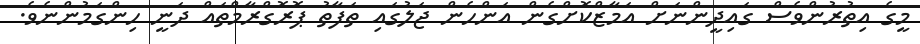
މީގެ އިތުރުންވެސް ގައިދީންނަށް އަމާޒްކޮށްގެން އަންހެން ޖަލުގައި ތަފާތު ޕޮރޮގްރާމްތައް ދަނީ ހިންގަމުންނެވެ.